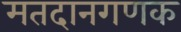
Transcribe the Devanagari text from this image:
मतदानगणक